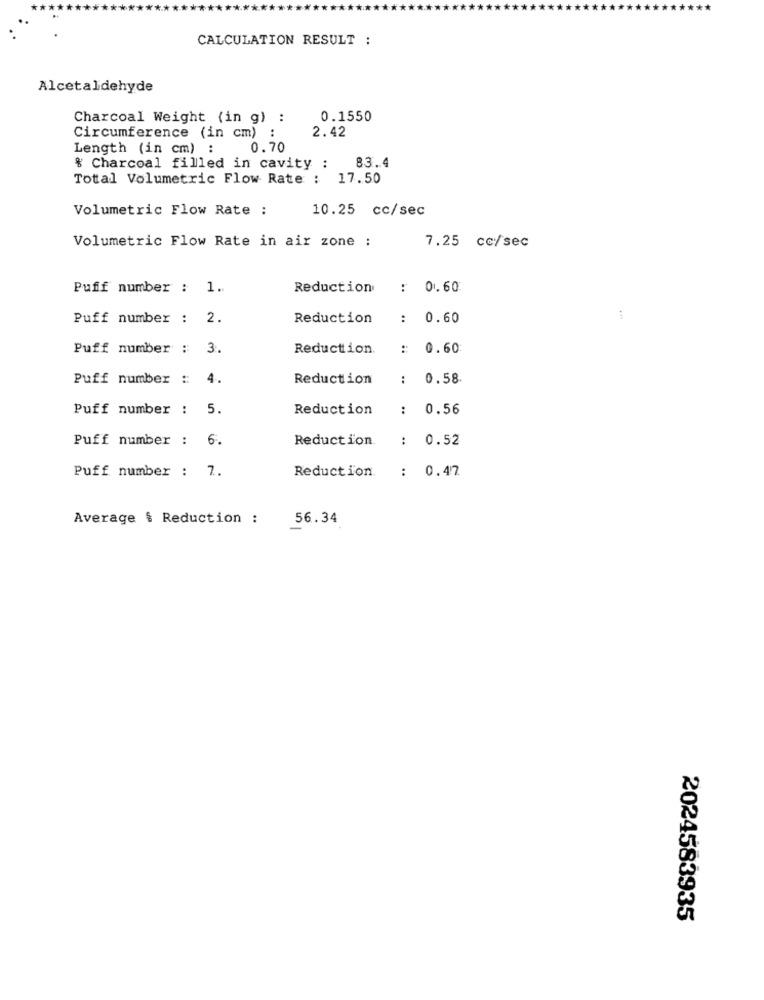
CALCULATION RESULT :
Alcetaldehyde
Charcoal Weight (in g) :
0.1550
2.42
Circumference (in cm) :
Length (in cm) :
0.70
% Charcoal filled in cavity :
83.4
Total Volumetric Flow Rate : 17.50
Volumetric Flow Rate :
10.25 cc/sec
Volumetric Flow Rate in air zone :
7.25 cc/sec
Puff number : 1.
Reduction
: 0.60
Puff number : 2.
Reduction
:
0.60
Puff number : 3.
Reduction.
:: 0.60
Puff number :: 4.
Reduction
:
0.58
Puff number : 5.
Reduction
:
0.56
Puff number : 6.
Reduction.
: 0.52
Puff number : 7.
Reduction.
: 0.47
Average & Reduction :
56.34
2024583935